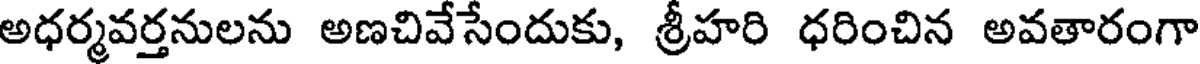
అధర్మవర్తనులను అణచివేసేందుకు, శ్రీహరి ధరించిన అవతారంగా